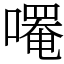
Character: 𫫼